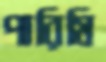
পারিমি